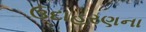
ઉદાહરણના